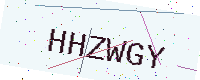
Text: HHZWGY